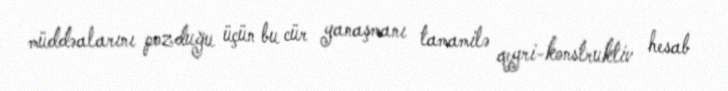
müddəalarını pozduğu üçün bu cür yanaşmanı tamamilə qeyri-konstruktiv hesab